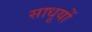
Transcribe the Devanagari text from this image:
साधूयों